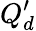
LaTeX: Q_{d}^{\prime}